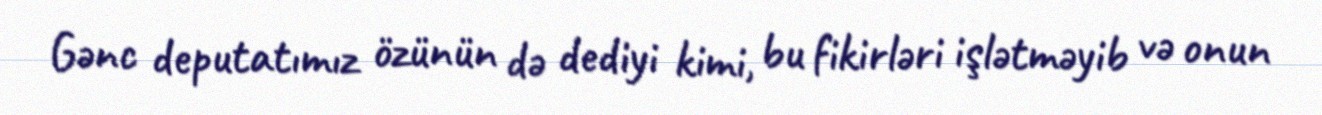
Gənc deputatımız özünün də dediyi kimi, bu fikirləri işlətməyib və onun